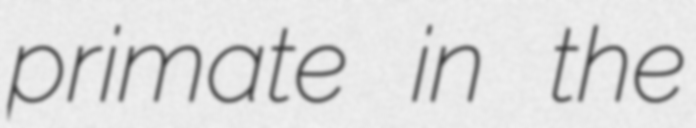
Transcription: primate in the